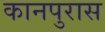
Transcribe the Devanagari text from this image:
कानपुरास